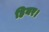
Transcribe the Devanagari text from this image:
हियर।